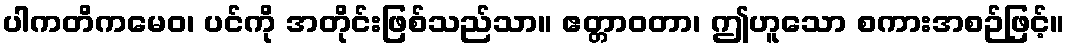
ပါကတိကမေဝ၊ ပင်ကို အတိုင်းဖြစ်သည်သာ။ ဧတ္တာဝတာ၊ ဤဟူသော စကားအစဉ်ဖြင့်။